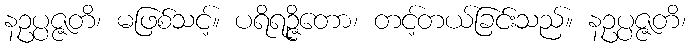
နဥပ္ပဇ္ဇတိ၊ မဖြစ်သင့်။ ပရိရဉ္ဇိတော၊ တင့်တယ်ခြင်းသည်။ နဥပ္ပဇ္ဇတိ၊